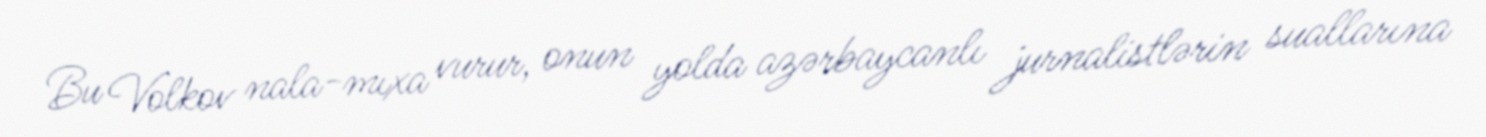
Bu Volkov nala-mıxa vurur, onun yolda azərbaycanlı jurnalistlərin suallarına